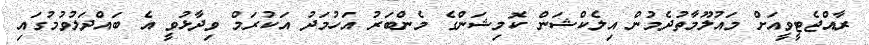
ރާއްޖެޓީވީއަށް މައުލޫމާތުދެމުން އިލެކްޝަން ކޮމިޝަންގެ މެންބަރު އަހުމަދު އަކުރަމް ވިދާޅުވީ އެ ބައްދަލުވުމުގައި